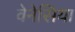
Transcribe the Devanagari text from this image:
वेनेसिया